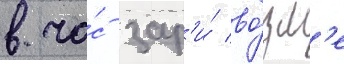
в ча́с зар'и́ во́зл'е